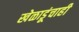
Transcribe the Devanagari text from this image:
खेळाडूंचाही